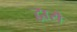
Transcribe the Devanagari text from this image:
द्वारौ